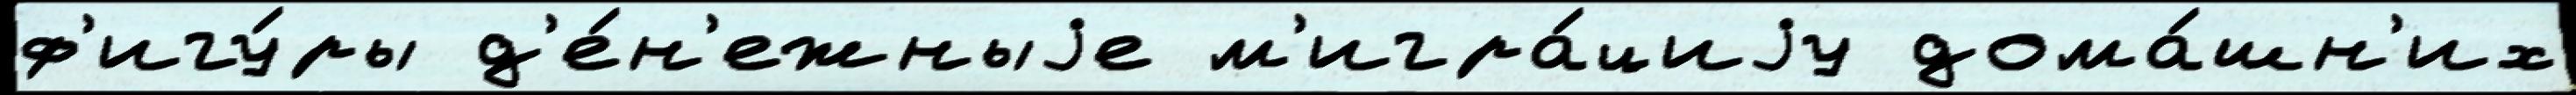
ф'игу́ры д'е́н'ежныjе м'игра́циjу дома́шн'их